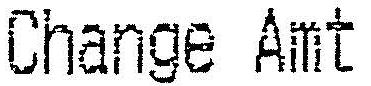
CHANGE AMT